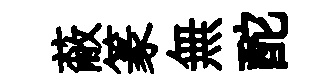
蔽篆無酡